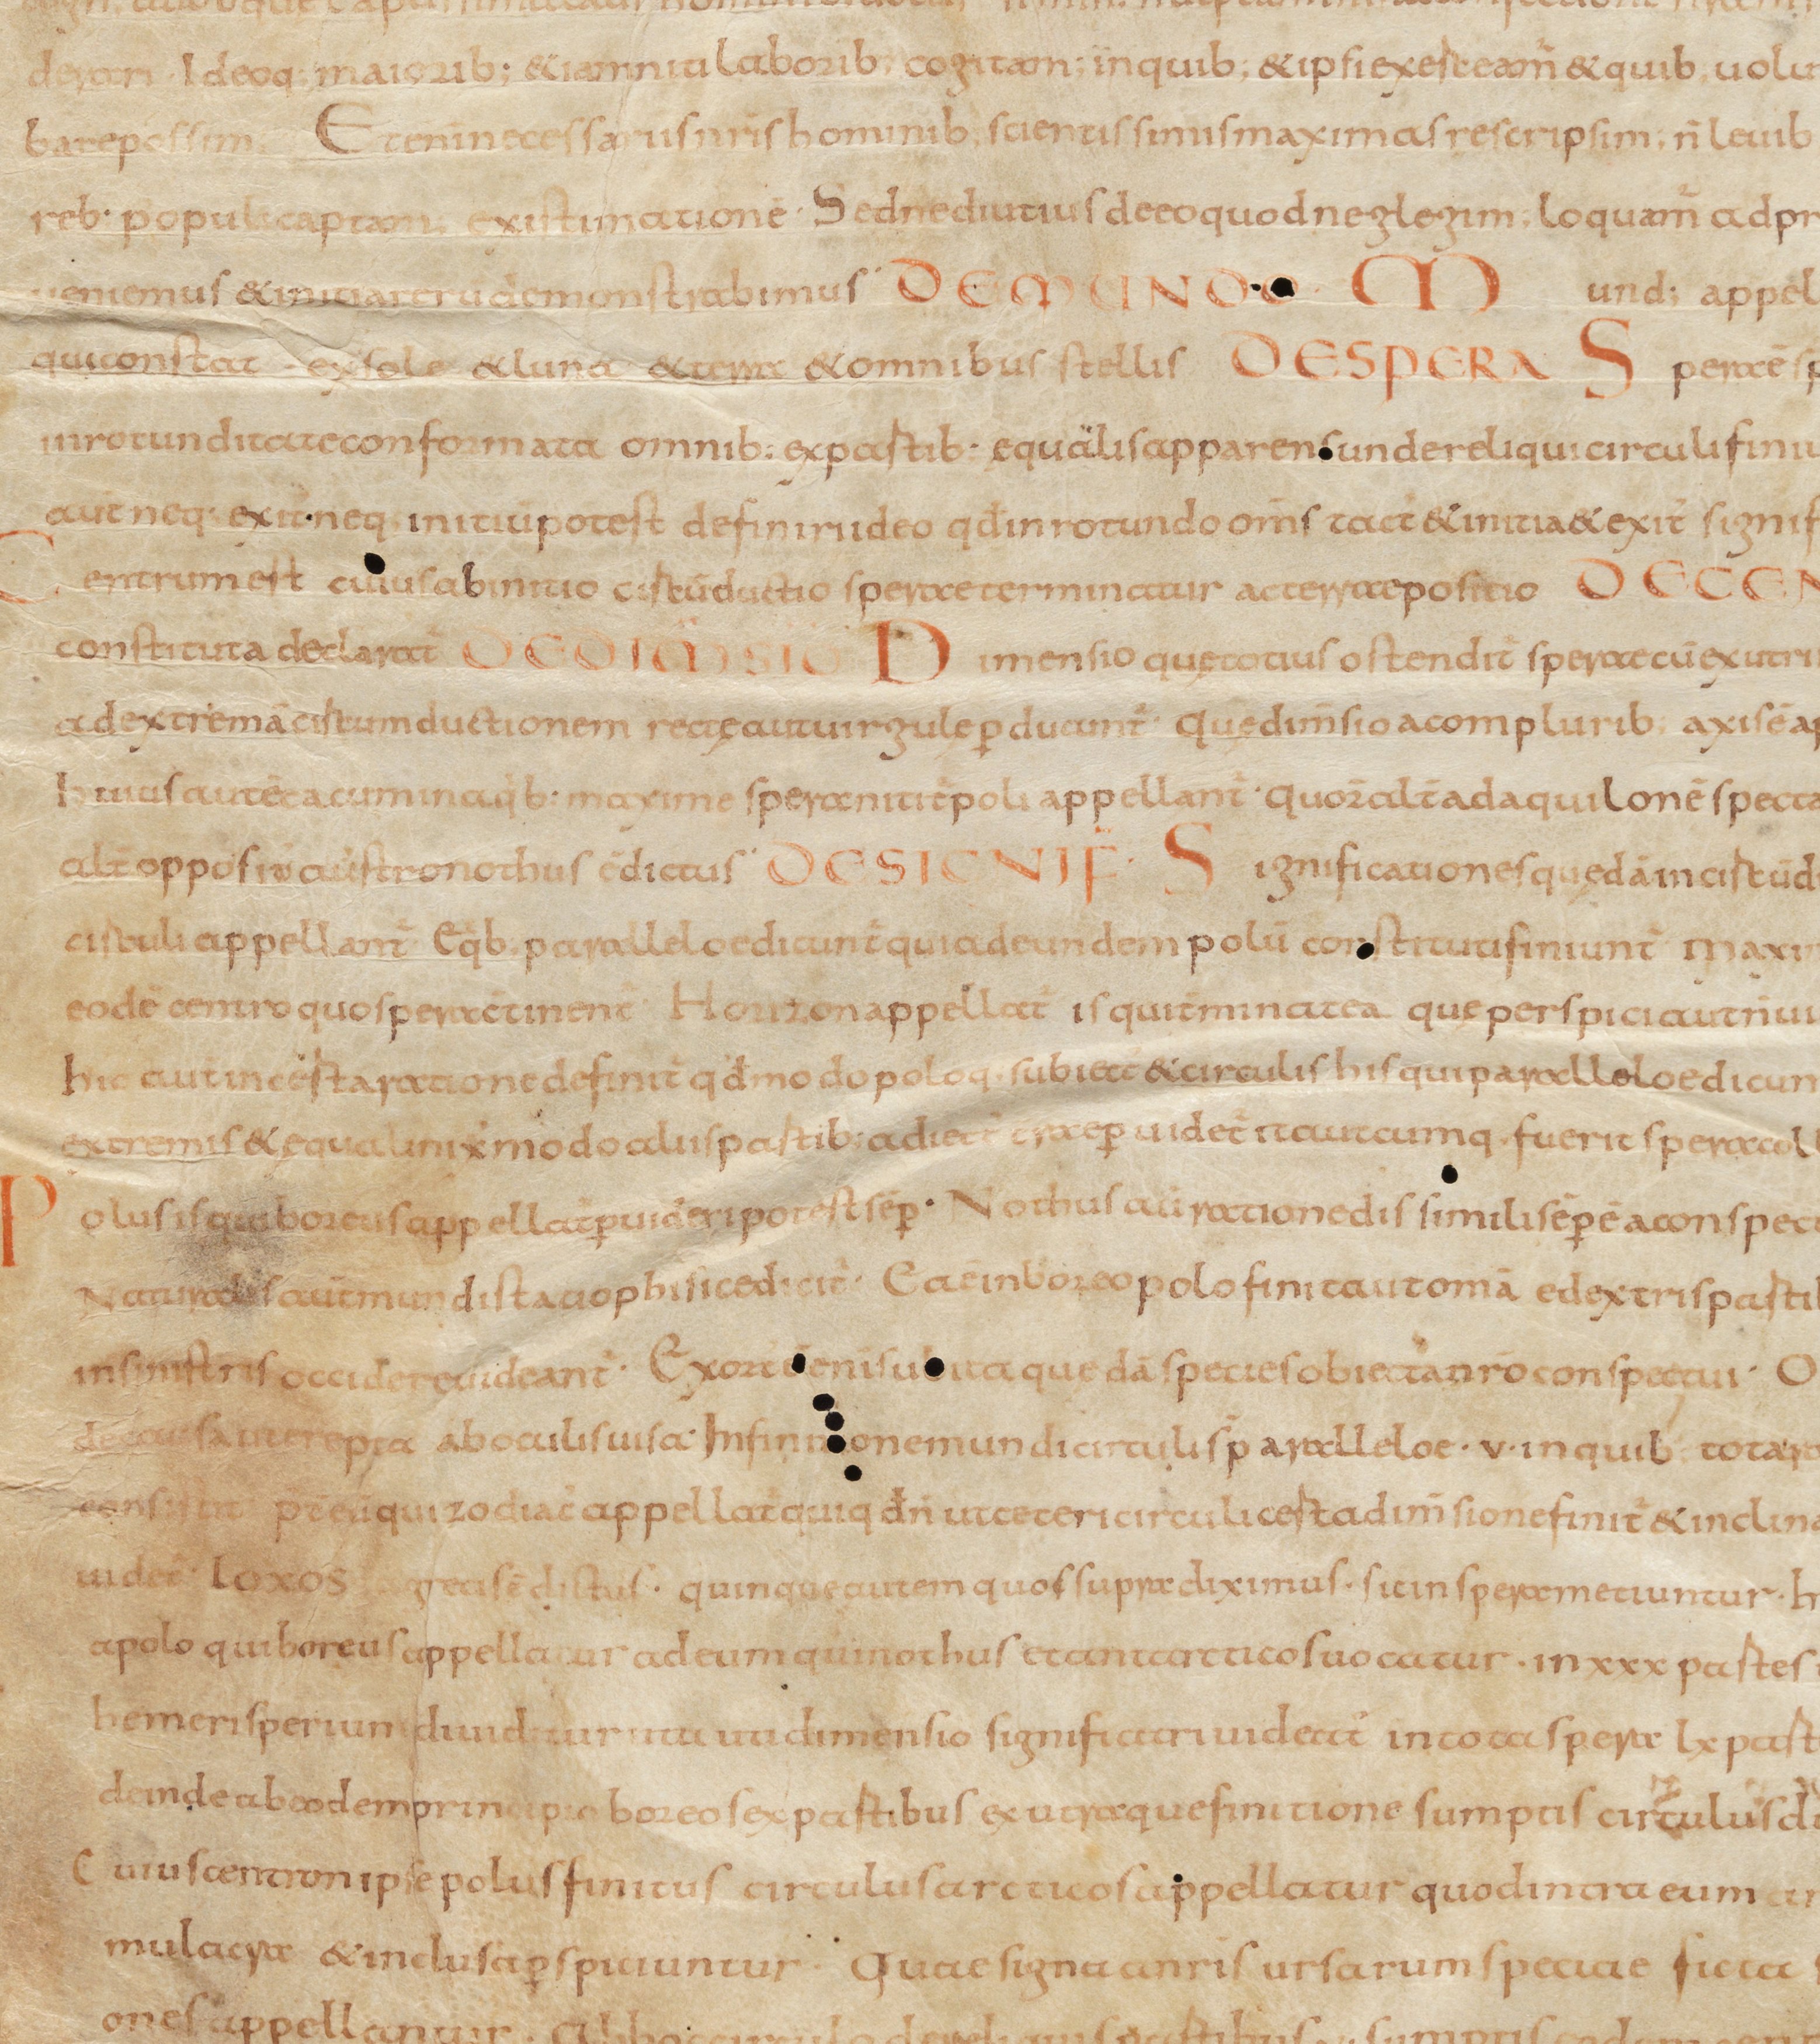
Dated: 834–1899